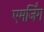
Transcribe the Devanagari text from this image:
एमर्जिंग